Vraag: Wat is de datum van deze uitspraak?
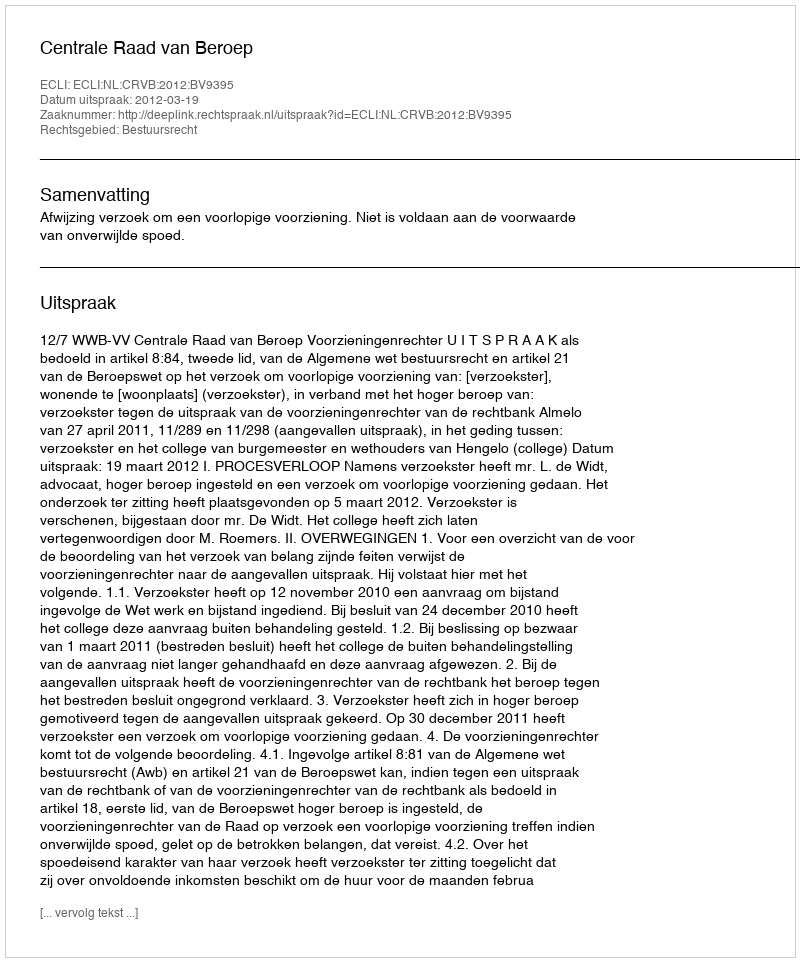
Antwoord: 2012-03-19